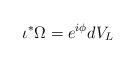
LaTeX: \begin{align*} \iota^*\Omega = e^{i\phi}dV_L\end{align*}